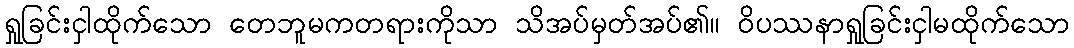
ရှုခြင်းငှါထိုက်သော တေဘူမကတရားကိုသာ သိအပ်မှတ်အပ်၏။ ဝိပဿနာရှုခြင်းငှါမထိုက်သော